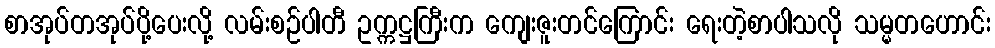
စာအုပ်တအုပ်ပို့ပေးလို့ လမ်းစဉ်ပါတီ ဥက္ကဋ္ဌကြီးက ကျေးဇူးတင်ကြောင်း ရေးတဲ့စာပါသလို သမ္မတဟောင်း